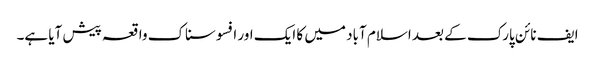
ایف نائن پارک کے بعد اسلام آباد میں کا ایک اور افسوسناک واقعہ پیش آیا ہے۔